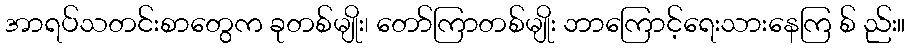
အာရပ်သတင်းစာတွေက ခုတစ်မျိုး၊ တော်ကြာတစ်မျိုး ဘာကြောင့်ရေးသားနေကြ စ် ည်း။